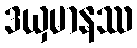
ဒယှမာနဿ